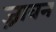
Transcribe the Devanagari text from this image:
ज़्रावन